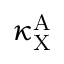
\kappa _ { \mathrm { X } } ^ { \mathrm { A } }